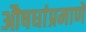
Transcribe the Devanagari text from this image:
औषधांप्रमाणे